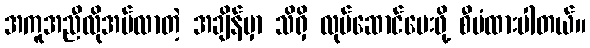
အကူအညီလိုအပ်လာတဲ့ အချိန်မှာ သိရှိ လုပ်ဆောင်ပေးဖို့ စီမံထားပါတယ်။